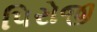
પિરોજી